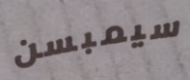
سيمبسن